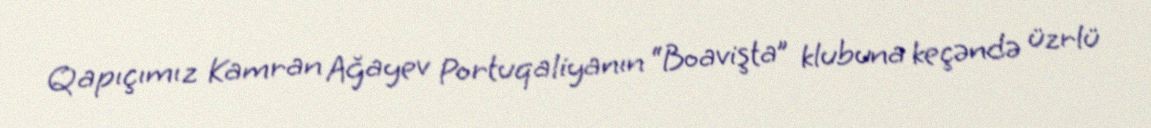
Qapıçımız Kamran Ağayev Portuqaliyanın “Boavişta” klubuna keçəndə üzrlü